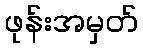
ဖုန်းအမှတ်